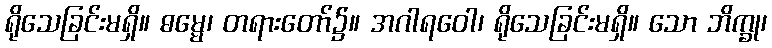
ရိုသေခြင်းမရှိ။ ဓမ္မေ၊ တရားတော်၌။ အဂါရဝေါ၊ ရိုသေခြင်းမရှိ။ သော ဘိက္ခု၊